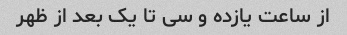
از ساعت یازده و سی تا یک بعد از ظهر